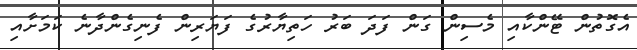
އެގޮތުން ޓޭންކާއި މެސިން ގަން ފަދަ ބަރު ހަތިޔާރުގެ ފަޔަރިން ފެނިގެންދާނެ ކަމަށާއި